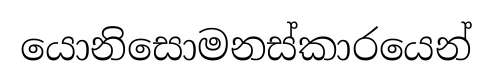
යොනිසොමනස්කාරයෙන්